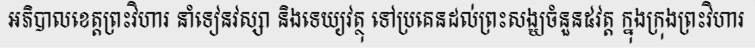
អភិបាលខេត្តព្រះវិហារ នាំទៀនវស្សា និងទេយ្យវត្ថុ ទៅប្រគេនដល់ព្រះសង្ឃចំនួន៥វត្ត ក្នុងក្រុងព្រះវិហារ